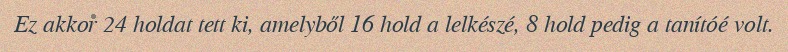
Ez akkor 24 holdat tett ki, amelyből 16 hold a lelkészé, 8 hold pedig a tanítóé volt.